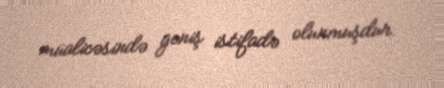
müalicəsində geniş istifadə olunmuşdur.